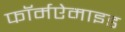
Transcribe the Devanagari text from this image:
फॉर्मऐमाइड